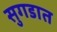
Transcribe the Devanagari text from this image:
सुगडात